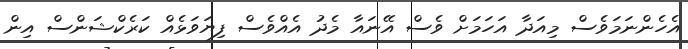
އެހެންނަމަވެސް މިއަދާ އަހަމަށް ވެސް އޭނައާ މެދު އެއްވެސް ފިޔަވަޅެއް ކަރެކްޝަންސް އިން